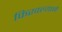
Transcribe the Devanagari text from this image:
फिरवल्याने